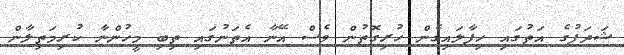
ޝަދަފުގެ އަތުގައި ހިފާލައިގެން ހުރިގޮތުން ވެސް އޭނާ އެތަނުގައި ތިބި މީހުންނާ ކުރިމަތިލާން